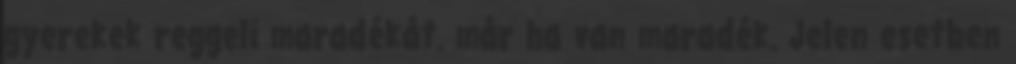
gyerekek reggeli maradékát. már ha van maradék. Jelen esetben